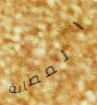
المصابة